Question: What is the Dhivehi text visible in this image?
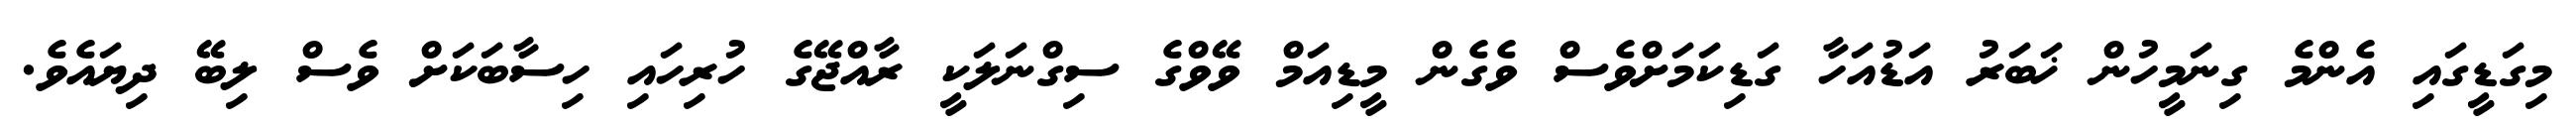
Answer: މިގަޑީގައި އެންމެ ގިނަމީހުން ޚަބަރު އަޑުއަހާ ގަޑިކަމަށްވެސް ވެގެން މީޑިއަމް ވޭވްގެ ސިގްނަލަކީ ރާއްޖޭގެ ހުރިހައި ހިސާބަކަށް ވެސް ލިބޭ ދިޔައެވެ.